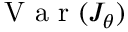
\mathrm { ~ V ~ a ~ r ~ } ( J _ { \theta } )